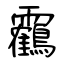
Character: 靏